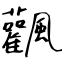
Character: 飌